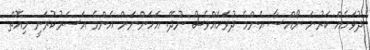
ދުވަހެއް ކަރުނަ ނޯއްސާ އެންމެ ދުވަހެއްވެސް ނުދޭ. އަހަންނަށް އެންމެ އަސަރުކުރަނީ މިއޮތް